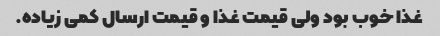
غذا خوب بود ولی قیمت غذا و قیمت ارسال کمی زیاده.